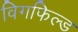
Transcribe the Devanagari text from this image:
विगफिल्ड